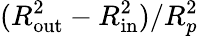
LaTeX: (R_{\mathrm{out}}^{2}-R_{\mathrm{in}}^{2})/R_{p}^{2}